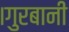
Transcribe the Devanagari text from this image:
।गुरबानी